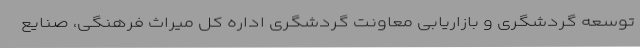
توسعه گردشگری و بازاریابی معاونت گردشگری اداره کل میراث فرهنگی، صنایع